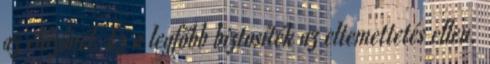
az előzőnél. Ez a legfőbb biztosíték az eltemettetés ellen.